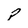
Character: p